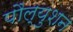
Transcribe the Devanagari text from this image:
पौल्युशन